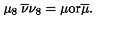
\mu _ { 8 } \: \overline { { \nu } } \nu _ { 8 } = \mu { \mathrm { o r } } \overline { { \mu } } .